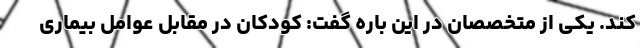
کند. یکی از متخصصان در این باره گفت: کودکان در مقابل عوامل بیماری